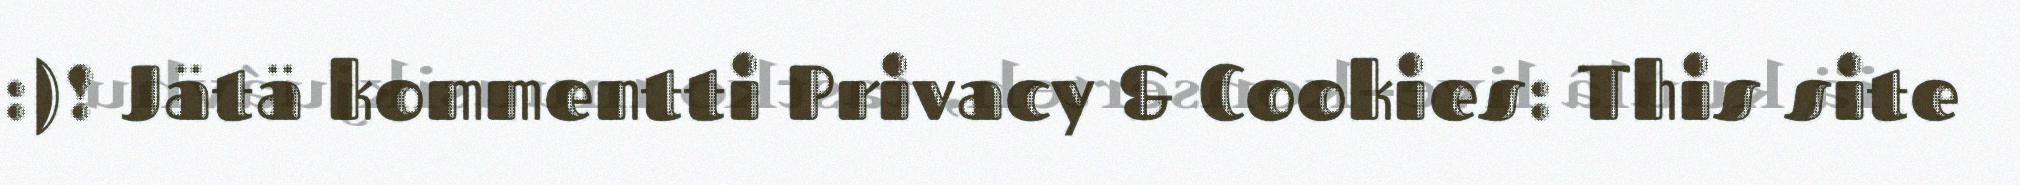
:)! Jätä kommentti Privacy & Cookies: This site